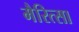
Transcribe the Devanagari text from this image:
मैरित्सा